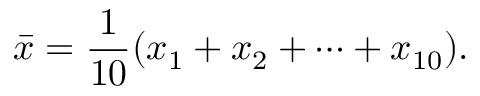
{ \bar { x } } = { \frac { 1 } { 1 0 } } ( x _ { 1 } + x _ { 2 } + \cdots + x _ { 1 0 } ) .